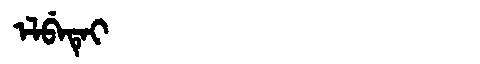
Manchu: ᡝᠯᠪᡝᡨᡝᡳ
Romanization: ELBETEI